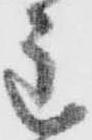
主